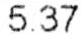
5.37